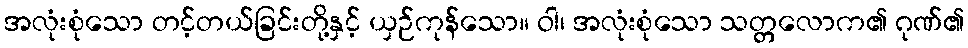
အလုံးစုံသော တင့်တယ်ခြင်းတို့နှင့် ယှဉ်ကုန်သော။ ဝါ၊ အလုံးစုံသော သတ္တလောက၏ ဂုဏ်၏